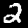
Label: 2